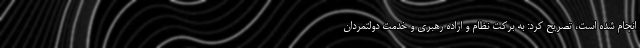
انجام شده است، تصریح کرد: به برکت نظام و اراده رهبری و خدمت دولتمردان